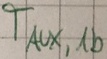
Text: TAUX,1b